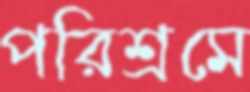
পরিশ্রমে